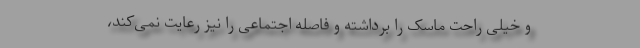
و خیلی راحت ماسک را برداشته و فاصله اجتماعی را نیز رعایت نمی‌کند،